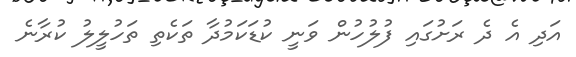
އަދި އެ ދެ ރަށުގައި ފުލުހުން ވަނީ ކުޑަކަމުދާ ތަކެތި ތަހުލީލު ކުރާނެ